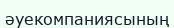
әуекомпаниясының